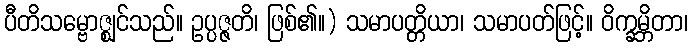
ပီတိသမ္ဗောဇ္ဈင်သည်။ ဥပ္ပဇ္ဇတိ၊ ဖြစ်၏။) သမာပတ္တိယာ၊ သမာပတ်ဖြင့်။ ဝိက္ခမ္ဘိတာ၊